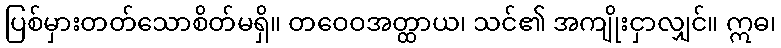
ပြစ်မှားတတ်သောစိတ်မရှိ။ တဝေဝအတ္ထာယ၊ သင်၏ အကျိုးငှာလျှင်။ ဣဓ၊